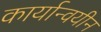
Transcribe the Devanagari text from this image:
कार्यान्वयीन